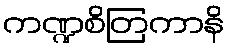
ကဏ္ဍစိတြကာနိ